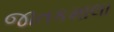
જાતકમાલા